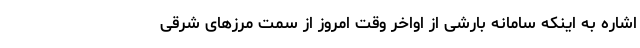
اشاره به اینکه سامانه بارشی از اواخر وقت امروز از سمت مرز‌های شرقی